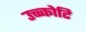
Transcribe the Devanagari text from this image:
उच्च्कोटि